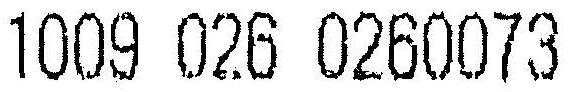
1009 026 0260073